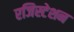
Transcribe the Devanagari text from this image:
रजिस्टेशन